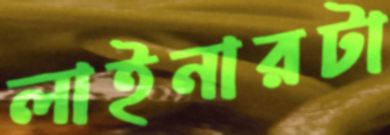
লাইনারটা